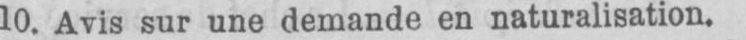
10. Avis sur une demande en naturalisation.